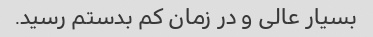
بسیار عالی و در زمان کم بدستم رسید.